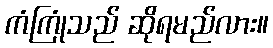
ကံကြုံသည် ဆိုရမည်လား။